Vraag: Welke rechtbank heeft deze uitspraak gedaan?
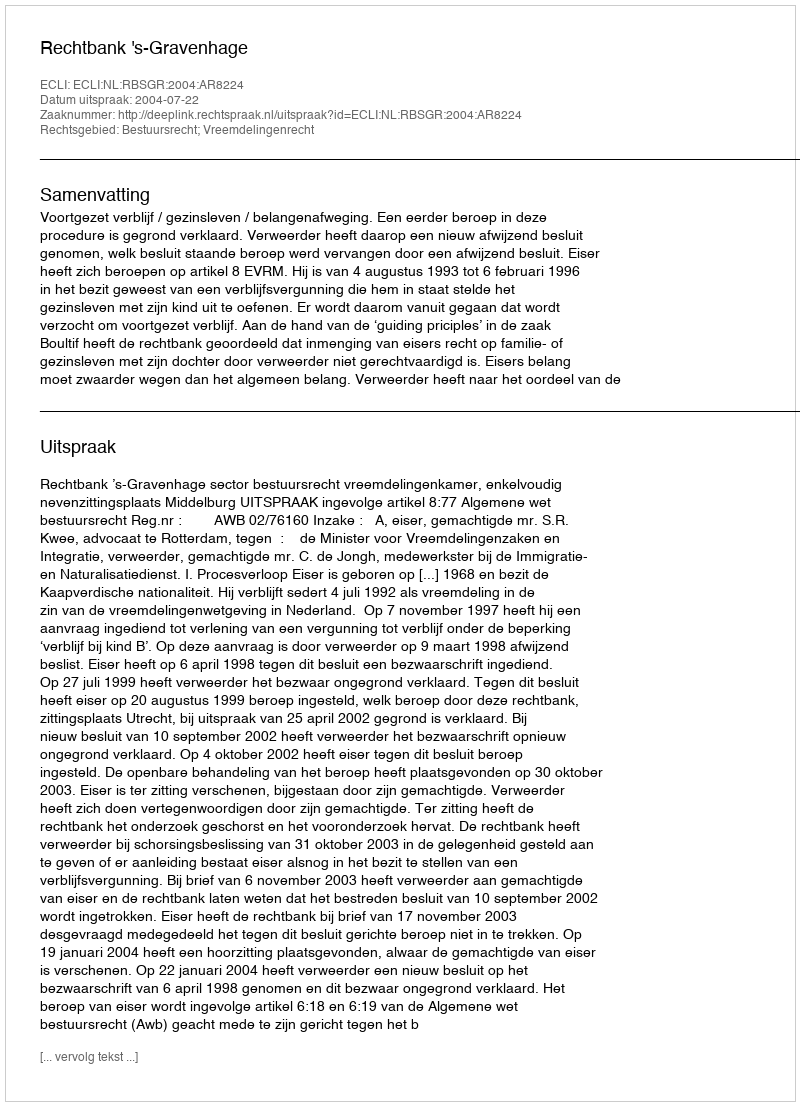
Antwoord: Rechtbank 's-Gravenhage